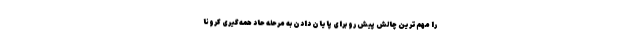
را مهم‌ترین چالش پیش رو برای پایان دادن به مرحله حاد همه‌گیری کرونا